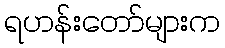
ရဟန်းတော်များက